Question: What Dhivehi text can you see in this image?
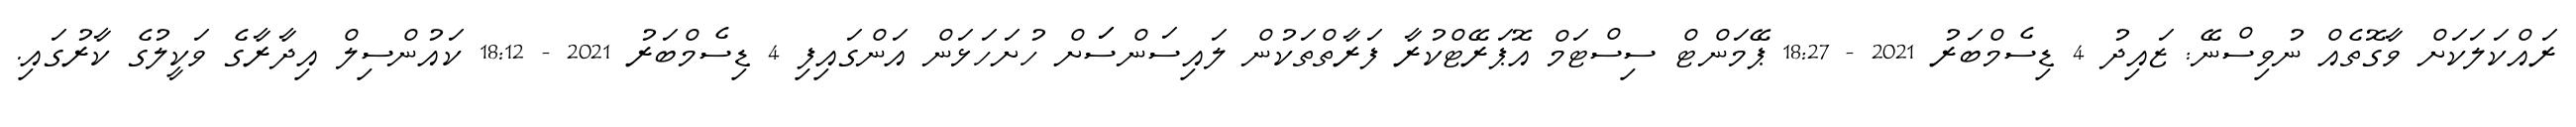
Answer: ރައްކަލަކަށް ވާގޮތެއް ނުވިސްނޭ: ޒައިދު 4 ޑިސެމްބަރު 2021 - 18:27 ޕޭމަންޓް ސިސްޓަމް އޮޕަރޭޓްކުރާ ފަރާތްތަކުން ލައިސަންސަަށް ހުށަހަޅަން އަންގައިފި 4 ޑިސެމްބަރު 2021 - 18:12 ކައުންސިލް އިދާރާގެ ވަކީލުގެ ކާރުގައި.